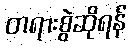
တရားစွဲဆိုရန်